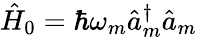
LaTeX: \hat{H}_{0}=\hbar\omega_{m}\hat{a}_{m}^{\dagger}\hat{a}_{m}